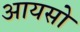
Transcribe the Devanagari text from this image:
आयसो